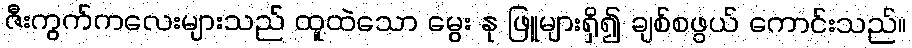
ဇီးကွက်ကလေးများသည် ထူထဲသော မွေး နု ဖြူများရှိ၍ ချစ်စဖွယ် ကောင်းသည်။